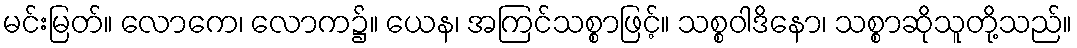
မင်းမြတ်။ လောကေ၊ လောက၌။ ယေန၊ အကြင်သစ္စာဖြင့်။ သစ္စဝါဒိနော၊ သစ္စာဆိုသူတို့သည်။